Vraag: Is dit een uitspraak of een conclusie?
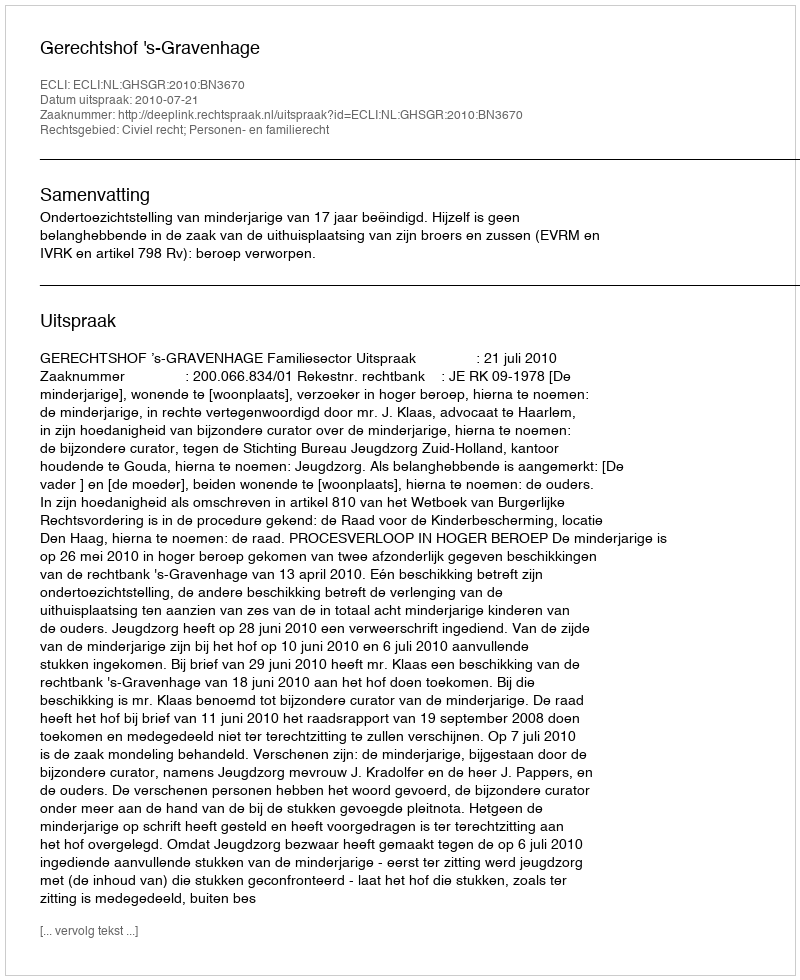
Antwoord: Uitspraak